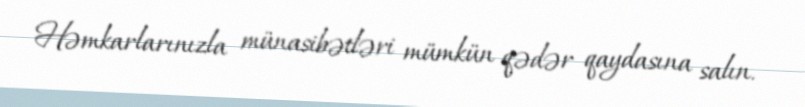
Həmkarlarınızla münasibətləri mümkün qədər qaydasına salın.